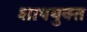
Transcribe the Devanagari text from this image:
शापयुक्‍त